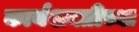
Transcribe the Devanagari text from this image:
कार्यशक्तीच्या